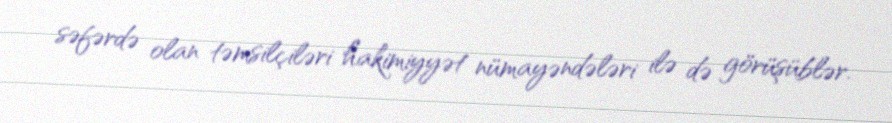
səfərdə olan təmsilçiləri hakimiyyət nümayəndələri ilə də görüşüblər.